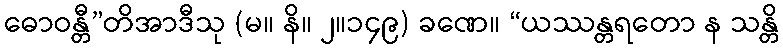
ဓောဝန္တီ”တိအာဒီသု (မ။ နိ။ ၂။၁၄၉) ခဏေ။ “ယဿန္တရတော န သန္တိ